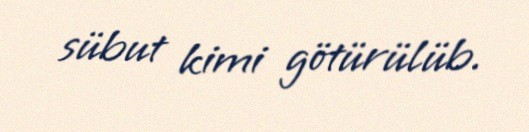
sübut kimi götürülüb.